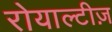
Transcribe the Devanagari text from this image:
रोयाल्टीज़